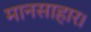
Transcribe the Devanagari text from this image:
मानसाहार।